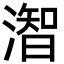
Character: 潪